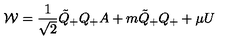
{ \cal { W } } = \frac { 1 } { \sqrt { 2 } } \tilde { Q } _ { + } Q _ { + } A + m \tilde { Q } _ { + } Q _ { + } + \mu U